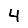
Digit: 4